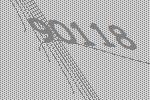
90118